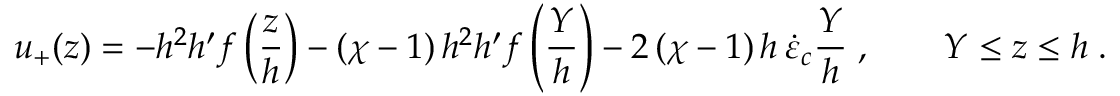
u _ { + } ( z ) = - h ^ { 2 } h ^ { \prime } f \left( \frac { z } { h } \right) - ( \chi - 1 ) \, h ^ { 2 } h ^ { \prime } f \left( \frac { Y } { h } \right) - 2 \, ( \chi - 1 ) \, h \, \dot { \varepsilon } _ { c } \frac { Y } { h } \; , \qquad Y \le z \le h \; .